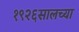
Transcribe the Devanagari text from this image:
१९२६सालच्या